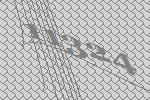
11324